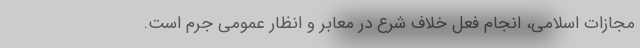
مجازات اسلامی، انجام فعل خلاف شرع در معابر و انظار عمومی جرم است.